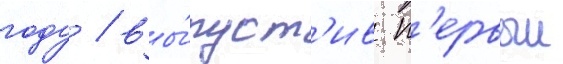
году / вы́пуст'ив п'ервыи